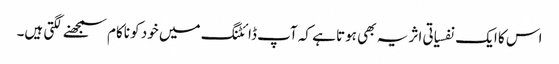
اس کا ایک نفسیاتی اثر یہ بھی ہوتا ہے کہ آپ ڈائٹنگ میں خود کو ناکام سمجھنے لگتی ہیں۔